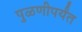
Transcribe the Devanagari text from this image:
पुळणीपर्यंत